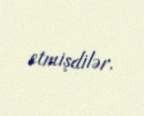
etmişdilər.